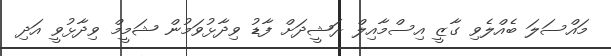
މައްސަލަ ބެއްލެވި ގާޒީ އިސްމާއިލް ރަޝީދަށް ފާޑު ވިދާޅުވަމުން ޝަމީމް ވިދާޅުވީ އަދި